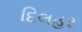
દિલહર